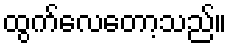
ထွက်လေတော့သည်။